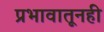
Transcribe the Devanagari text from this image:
प्रभावातूनही